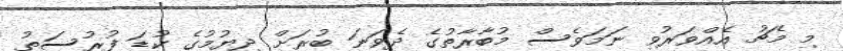
މި މެޗު އެއްވަރުވި ނަމަވެސް މުބާރާތުގެ ދެވަނަ ބުރަށް ދިޔުމުގެ ކުޑަ ފުރުސަތު